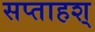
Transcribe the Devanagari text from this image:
सप्ताहश्